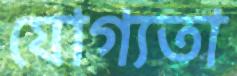
যোগ্যতা